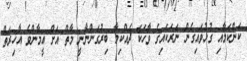
ކަންކަމާއި ގުޅުވައިގެން ނަރަކައިގެ ވާހަކަ ދެއްކިމާ ބިރުގަންނާނީ މާތް އަށް އީމާންވެ އާޚިރަތް